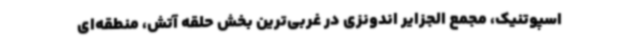
اسپوتنیک، مجمع الجزایر اندونزی در غربی‌ترین بخش حلقه آتش، منطقه‌ای